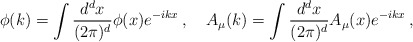
\begin{align*}\phi(k)=\int\frac{d^dx}{(2\pi)^d}\phi(x)e^{-ikx} \> , \quad A_{\mu}(k)=\int\frac{d^dx}{(2\pi)^d}A_{\mu}(x)e^{-ikx} \> ,\end{align*}